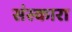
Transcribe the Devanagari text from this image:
संस्कारा